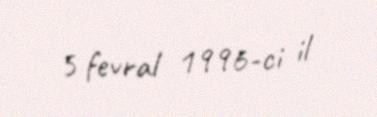
5 fevral 1996-ci il